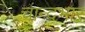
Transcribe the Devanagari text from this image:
चान्दभार